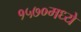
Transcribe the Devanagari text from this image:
१५७०मध्ये